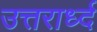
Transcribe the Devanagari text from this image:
उत्तरार्ध्द